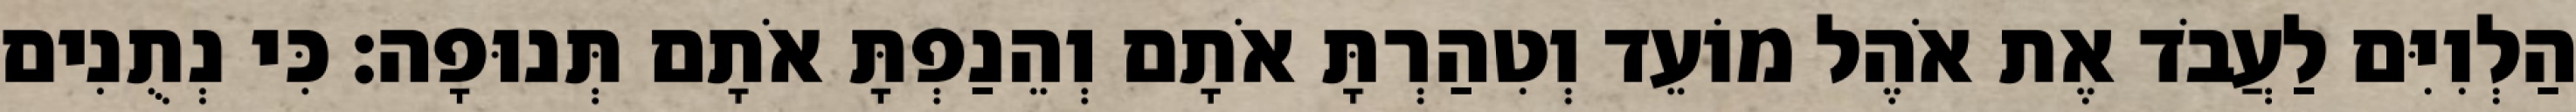
הַלְוִיִּם לַעֲבֹד אֶת אֹהֶל מוֹעֵד וְטִהַרְתָּ אֹתָם וְהֵנַפְתָּ אֹתָם תְּנוּפָה׃ כִּי נְתֻנִים